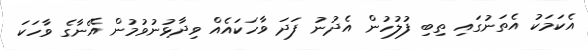
އެކަމަކު އެތަނުގައި ތިބި ފުލުހުން އެދުނު ފަދަ ވާހަކައެއް ވިދާޅުނުވުމުން އޭނާގެ ވާހަކަ